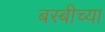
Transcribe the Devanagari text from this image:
बस्बीच्या